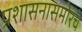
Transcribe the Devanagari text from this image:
प्रशासनासमोरचे